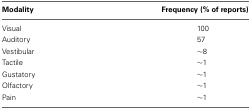
| Modality | Frequency (% of reports) |
 | --- | --- |
 | Visual | 100 |
 | Auditory | 57 |
 | Vestibular | ~8 |
 | Tactile | ~1 |
 | Gustatory | ~1 |
 | Olfactory | ~1 |
 | Pain | ~1 |